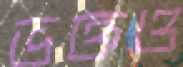
ভক্তও